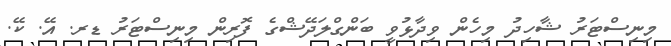
މިނިސްޓަރު ޝާހިދު މިހެން ވިދާޅުވީ ބަންގްލަދޭޝްގެ ފޮރިން މިނިސްޓަރު ޑރ. އޭ. ކޭ.